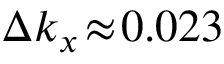
\Delta k _ { x } \! \approx \! 0 . 0 2 3